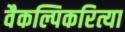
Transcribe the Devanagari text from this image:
वैकल्पिकरित्या